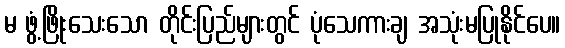
မ ဖွံ့ဖြိုးသေးသော တိုင်းပြည်များတွင် ပုံသေကားချ အသုံးမပြုနိုင်ပေ။